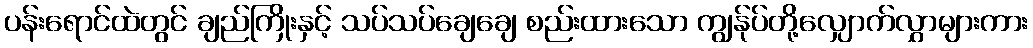
ပန်းရောင်ထဲတွင် ချည်ကြိုးနှင့် သပ်သပ်ချေချေ စည်းထားသော ကျွန်ုပ်တို့လျှောက်လွှာများကား